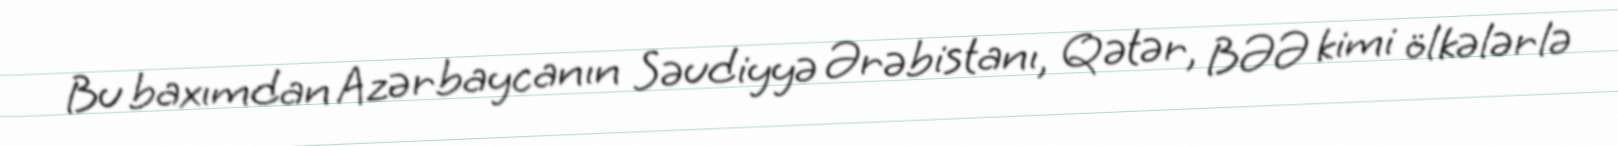
Bu baxımdan Azərbaycanın Səudiyyə Ərəbistanı, Qətər, BƏƏ kimi ölkələrlə